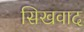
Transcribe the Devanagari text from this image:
सिखवाद